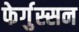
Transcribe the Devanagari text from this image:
फेर्गुस्सन